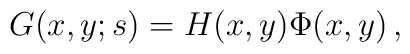
G(x,y ;s) = H(x,y)\Phi(x,y)  \, ,